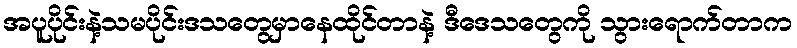
အပူပိုင်းနဲ့သမပိုင်းဒသတွေမှာနေထိုင်တာနဲ့ ဒီဒေသတွေကို သွားရောက်တာက